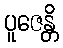
ပူဇေန္တိ